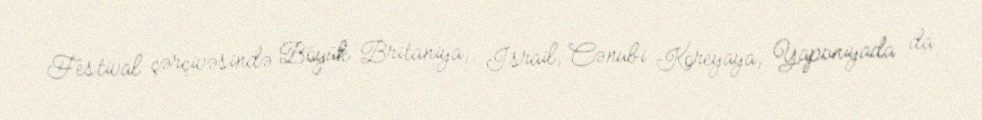
Festival çərçivəsində Böyük Britaniya, İsrail, Cənubi Koreyaya, Yaponiyada da